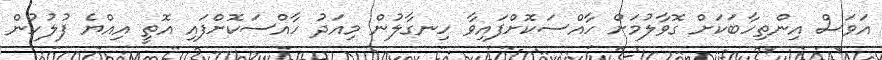
އަވަސް އިންތިހާބަކަށް ގޮވާލުމަށް ހާއްސަކޮށްފައިވާ ހިނގާލުން މިއަދު ހާއްސަކޮށްފައި އޮތީ އިއްޔެ ފުލުހުން